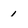
Character: 1